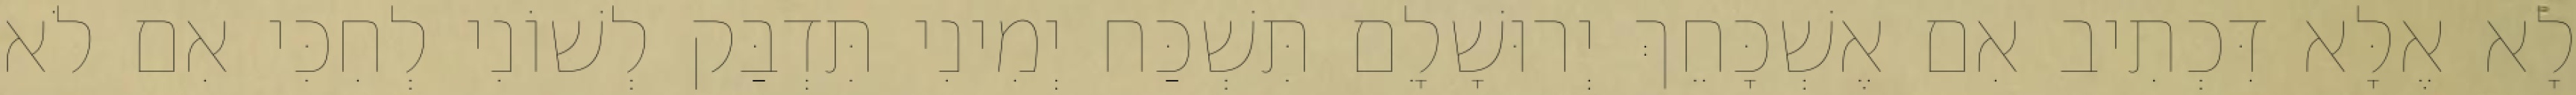
לָא אֶלָּא דִּכְתִיב אִם אֶשְׁכָּחֵךְ יְרוּשָׁלִָם תִּשְׁכַּח יְמִינִי תִּדְבַּק לְשׁוֹנִי לְחִכִּי אִם לֹא